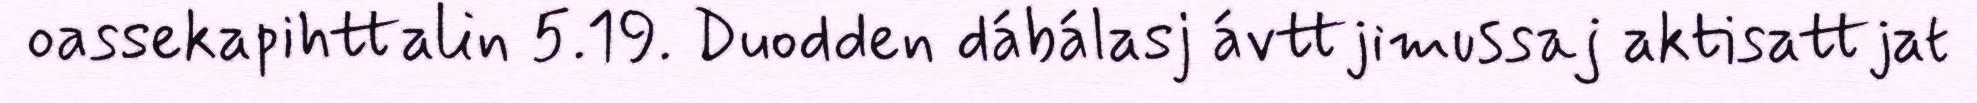
oassekapihttalin 5.19. Duodden dábálasj ávttjimussaj aktisattjat